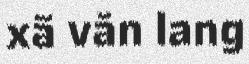
xã văn lang